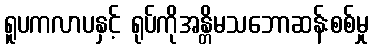
ရူပကလာပနှင့် ရုပ်ကိုအန္တိမသဘောဆန်းစစ်မှု